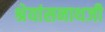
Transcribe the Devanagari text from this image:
श्रेयांसनाथजी